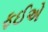
ફઈએ